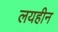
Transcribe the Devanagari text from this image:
लयहीन